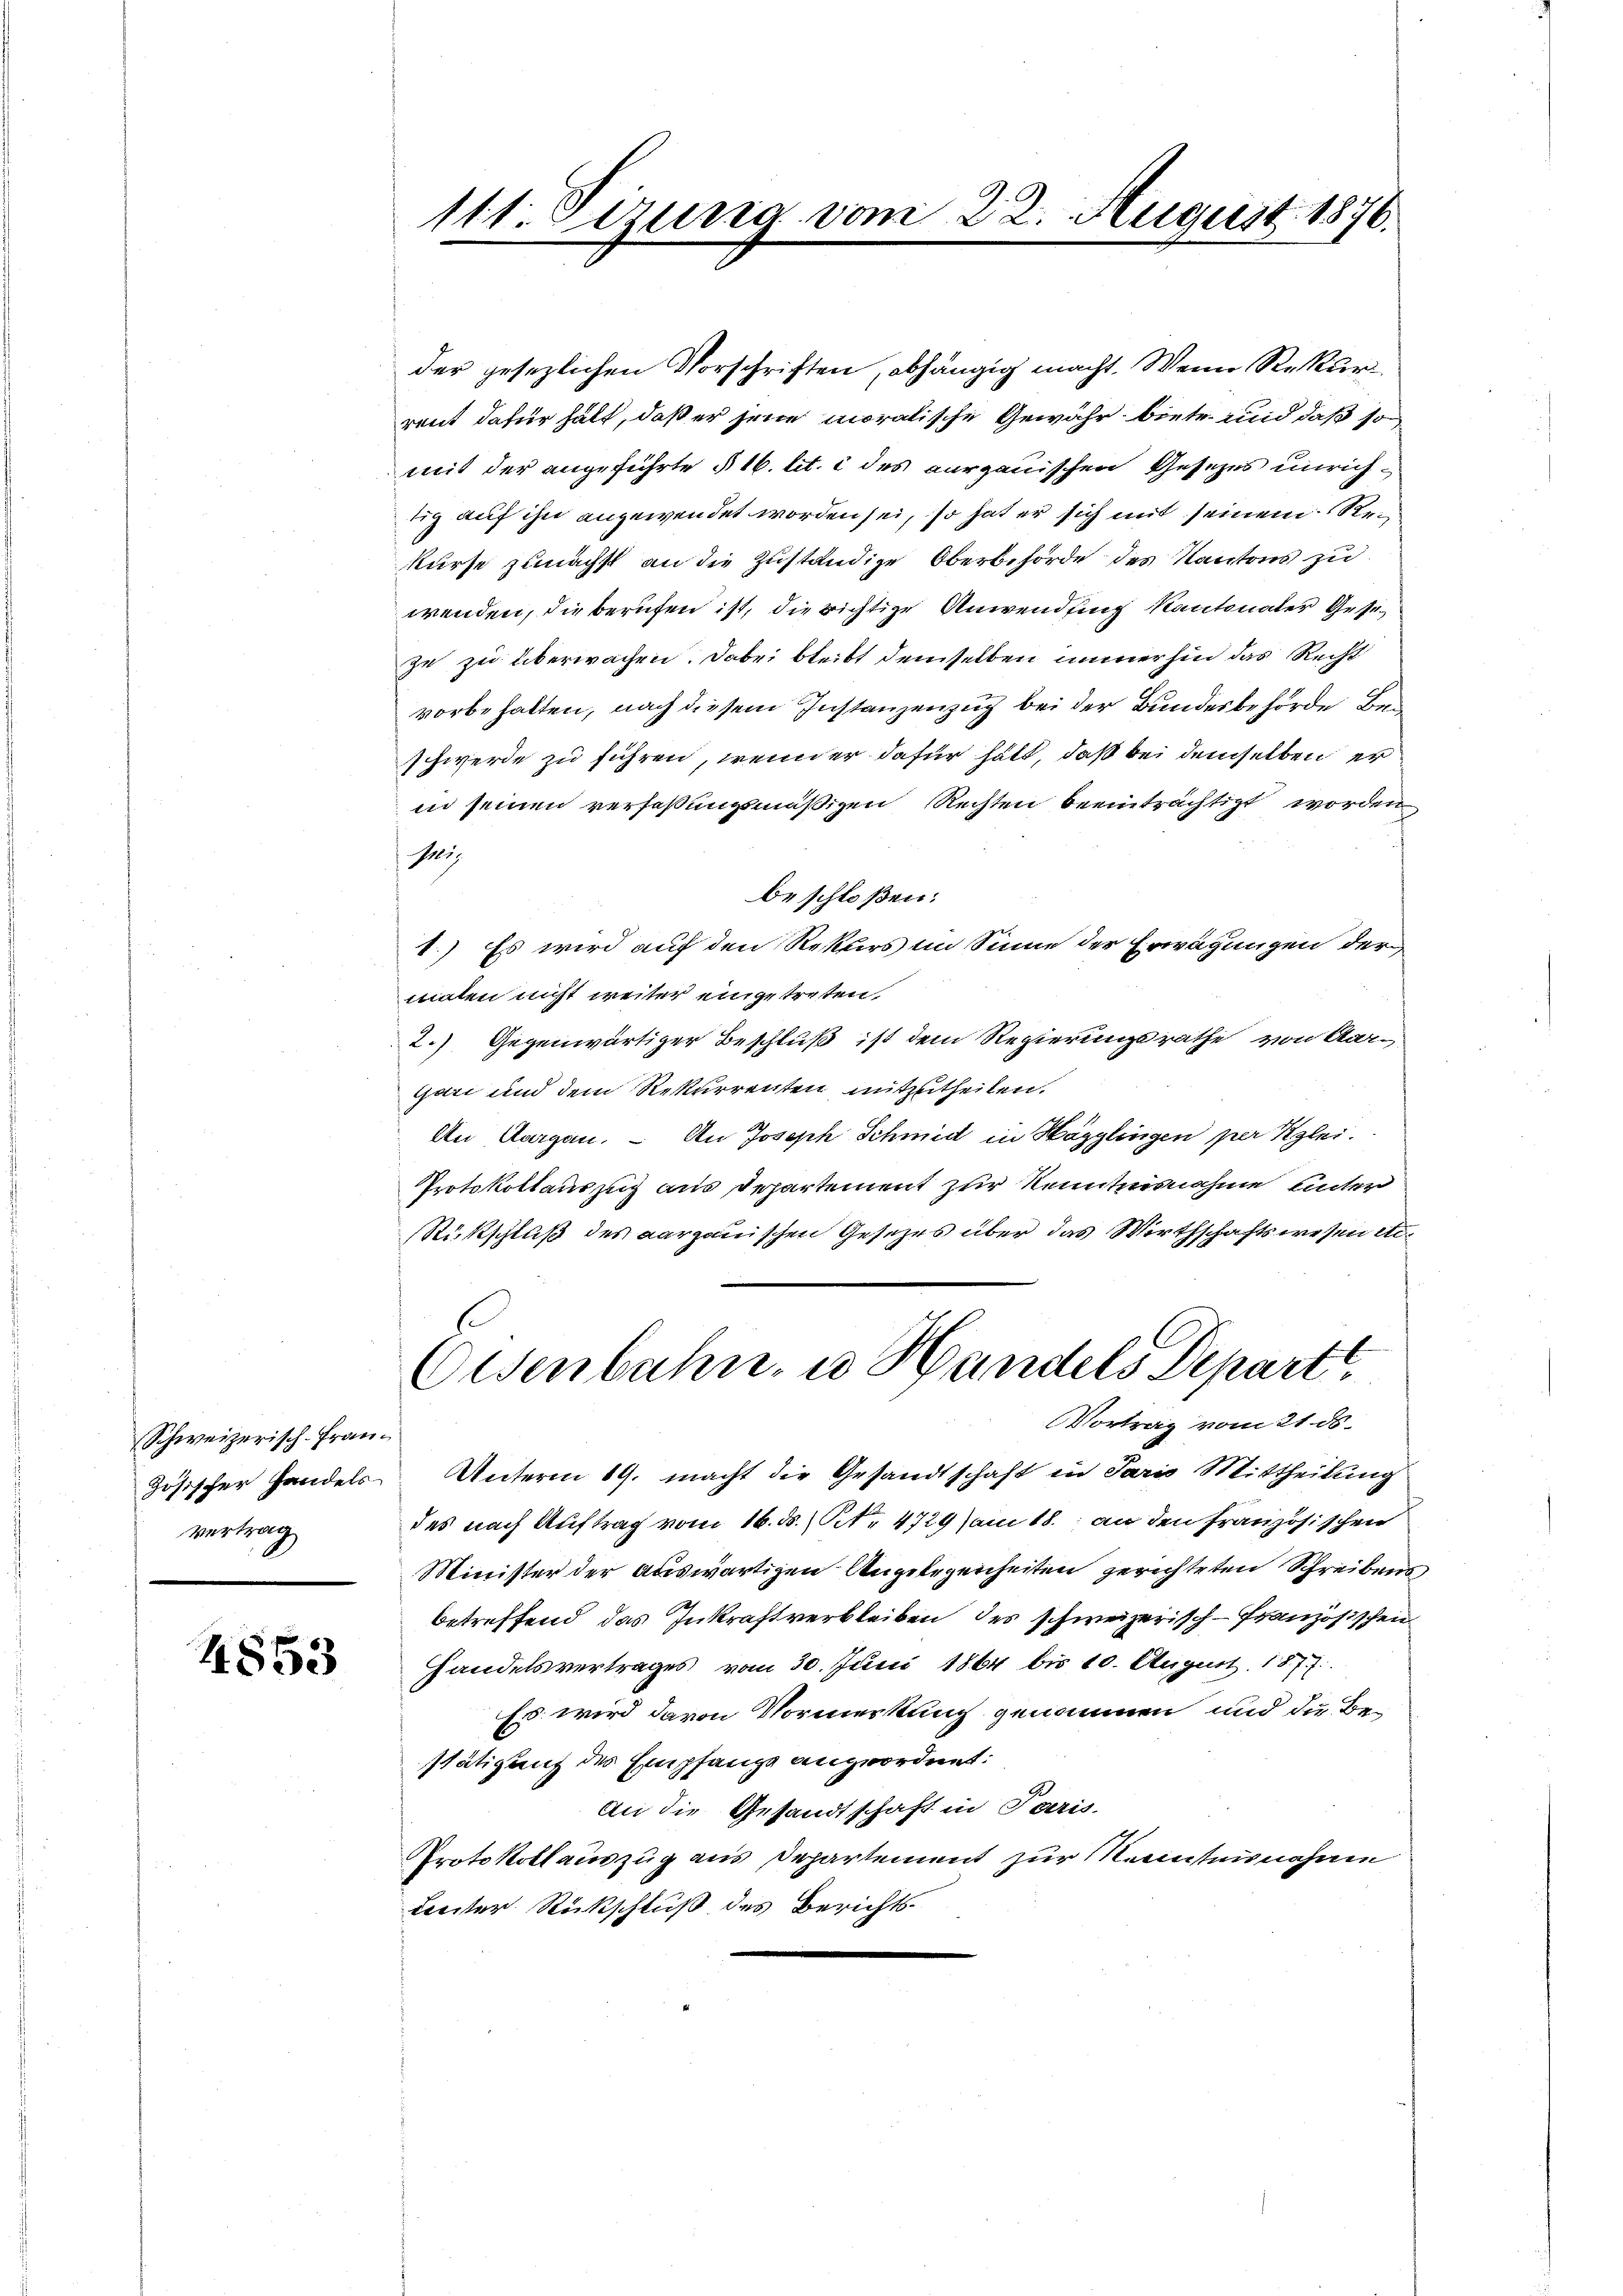
Schweizerisch-Fran¬
Gösischer Handels-
vertrag

4853

111. Sizung vom 22. August 1876.

der gesezlichen Vorschriften, abhängig macht. Wenn Rekurrent dafür hält, daß er jene moralische Gewähr biete und daß so
mit der angeführte § 16. lit. i des Kurgauischen Gesezes unrichtig auf ihn angewendet worden sei, so hat er sich mit seinem Rekurse zunächst an die Zuständige Oberbehörde des Kantons zu
wenden, die berufen ist, die richtige Anwendung kantonaler Gesezu zu überwachen. Dabei bleibt demselben immerhin das Recht
vorbehalten, nach diesem Instanzenzug bei der Bundesbehörde Beschwerde zu führen, wenn er dafür hätt, daß bei demselben er
in seinen verfaßungsmäßigen Rechten beeinträchtigt worden,
15.
beschloßen:
1.) Es wird auf den Rekurs im Sinne der Erwägungen der
malen nicht weiter eingetreten,
2.) Gegenwärtiger Beschluß ist dem Regierungsrathe von Aargart und dem Rekurrenten mitzutheilen.
An Aargau.  An Joseph Schmid in Hägglingen per Klei
Protokollauszug aus Departement zur Kenntnisnahme unter
Rückschluß des aargauischen Gesezes über das Wirthschaftswesen ei¬
Eisenbahn, u. Handels Departe
Vortrag vom 21. ds.
Unterm 19. macht die Gesandtschaft in Paris Mittheilung
des nach Auftrag vom 16. ds. No. 4729) am 18. an den französischen
Minister der auswärtigen Angelegenheiten gerichteten Schreibens
betreffend das Inkraftverbleiben des schweizerisch-Französischen
Handelsvertrages vom 30. Juni 1864 bis 10. August 187.
Es wird davon Vormerkung genommen und die Bestätigung des Empfange angeordnet:
An die Gesandtschaft in Paris.
Protokollauszug aus Departement zur Kenntnisnahme
Leister Rückschluß des Berichts¬